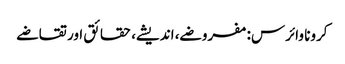
کرونا وائرس: مفروضے، اندیشے، حقائق اور تقاضے